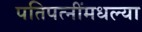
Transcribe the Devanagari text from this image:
पतिपत्‍नींमधल्या